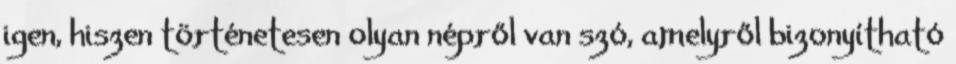
igen, hiszen történetesen olyan népről van szó, amelyről bizonyítható